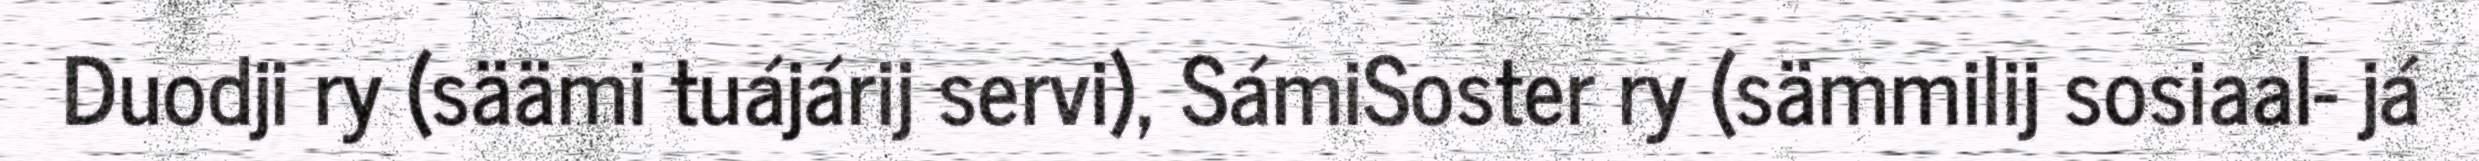
Duodji ry (säämi tuájárij servi), SámiSoster ry (sämmilij sosiaal- já